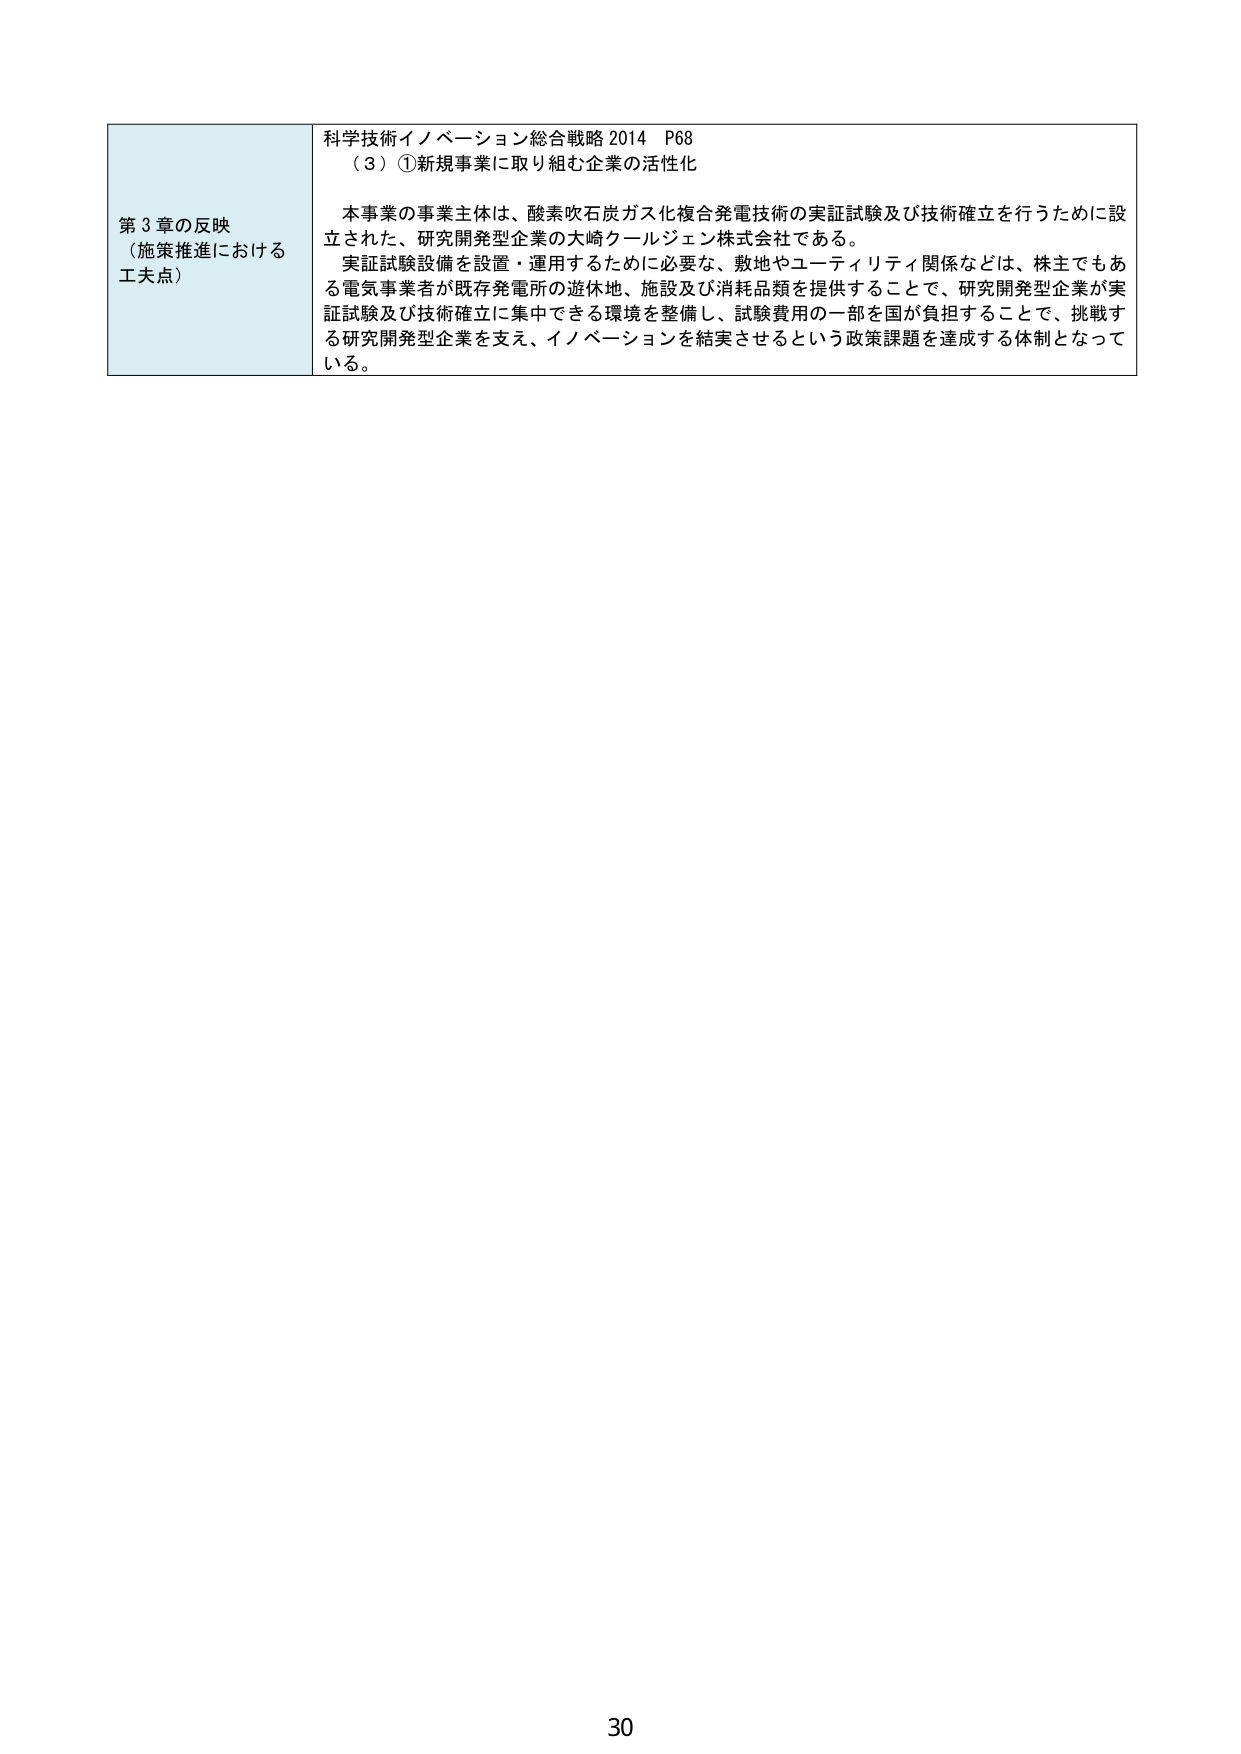
第３章の反映
（施策推進における
工夫点）

科学技術イノベーション総合戦略 2014 P68
（３）①新規事業に取り組む企業の活性化

本事業の事業主体は、酸素吹石炭ガス化複合発電技術の実証試験及び技術確立を行うために設立された、研究開発型企業の大崎クールジェン株式会社である。
実証試験設備を設置・運用するために必要な、敷地やユーティリティ関係などは、株主でもある電気事業者が既存発電所の遊休地、施設及び消耗品類を提供することで、研究開発型企業が実証試験及び技術確立に集中できる環境を整備し、試験費用の一部を国が負担することで、挑戦する研究開発型企業を支え、イノベーションを結実させるという政策課題を達成する体制となっている。

30